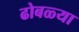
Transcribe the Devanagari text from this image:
ढोबळ्या